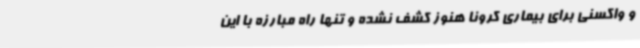
و واکسنی برای بیماری کرونا هنوز کشف نشده و تنها راه مبارزه با این